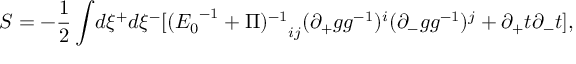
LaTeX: S = - \frac { 1 } { 2 } \int \! d \xi ^ { + } d \xi ^ { - } [ { ( { E _ { 0 } } ^ { - 1 } + \Pi ) ^ { - 1 } } _ { i j } ( \partial _ { + } g g ^ { - 1 } ) ^ { i } ( \partial _ { - } g g ^ { - 1 } ) ^ { j } + \partial _ { + } t \partial _ { - } t ] ,